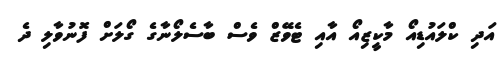
އަދި ކްލައުޑިއޯ މާކީޒިއޯ އާއި ޓެވޭޒް ވެސް ބާސެލޯނާގެ ގޯލަށް ފޮނުވާލި ދެ